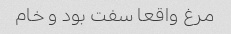
مرغ واقعا سفت بود و خام